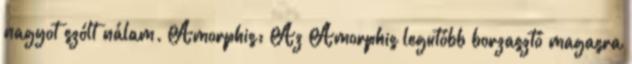
nagyot szólt nálam. Amorphis: Az Amorphis legutóbb borzasztó magasra